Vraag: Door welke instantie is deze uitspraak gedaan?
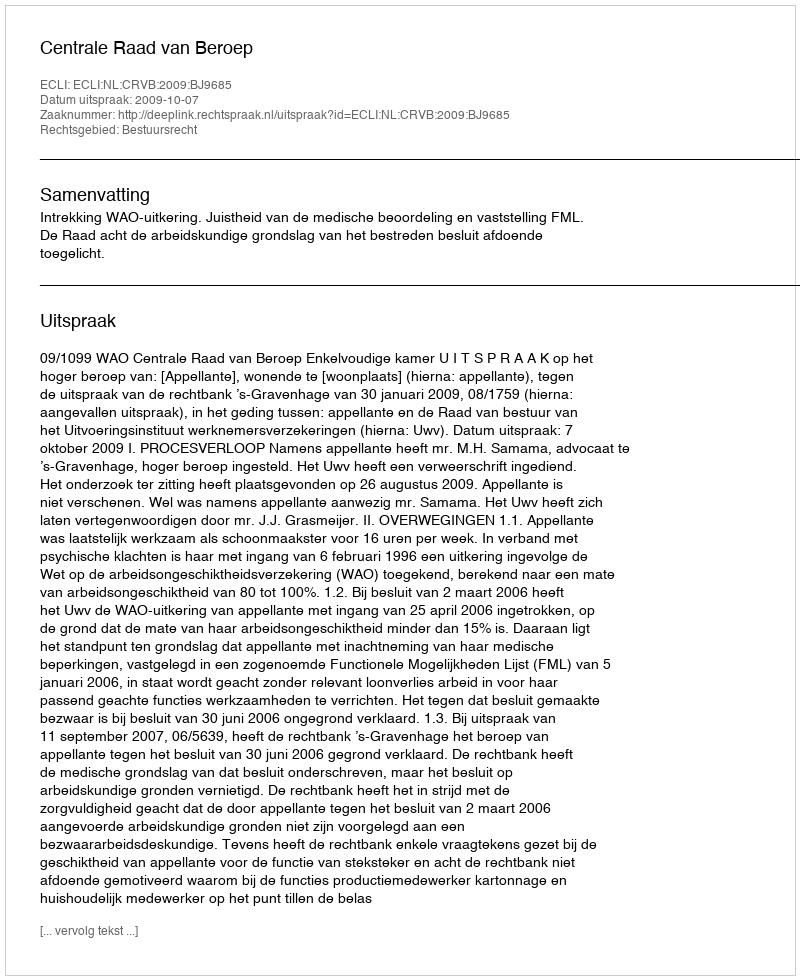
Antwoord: Centrale Raad van Beroep